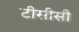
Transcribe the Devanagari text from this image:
टीसीसी